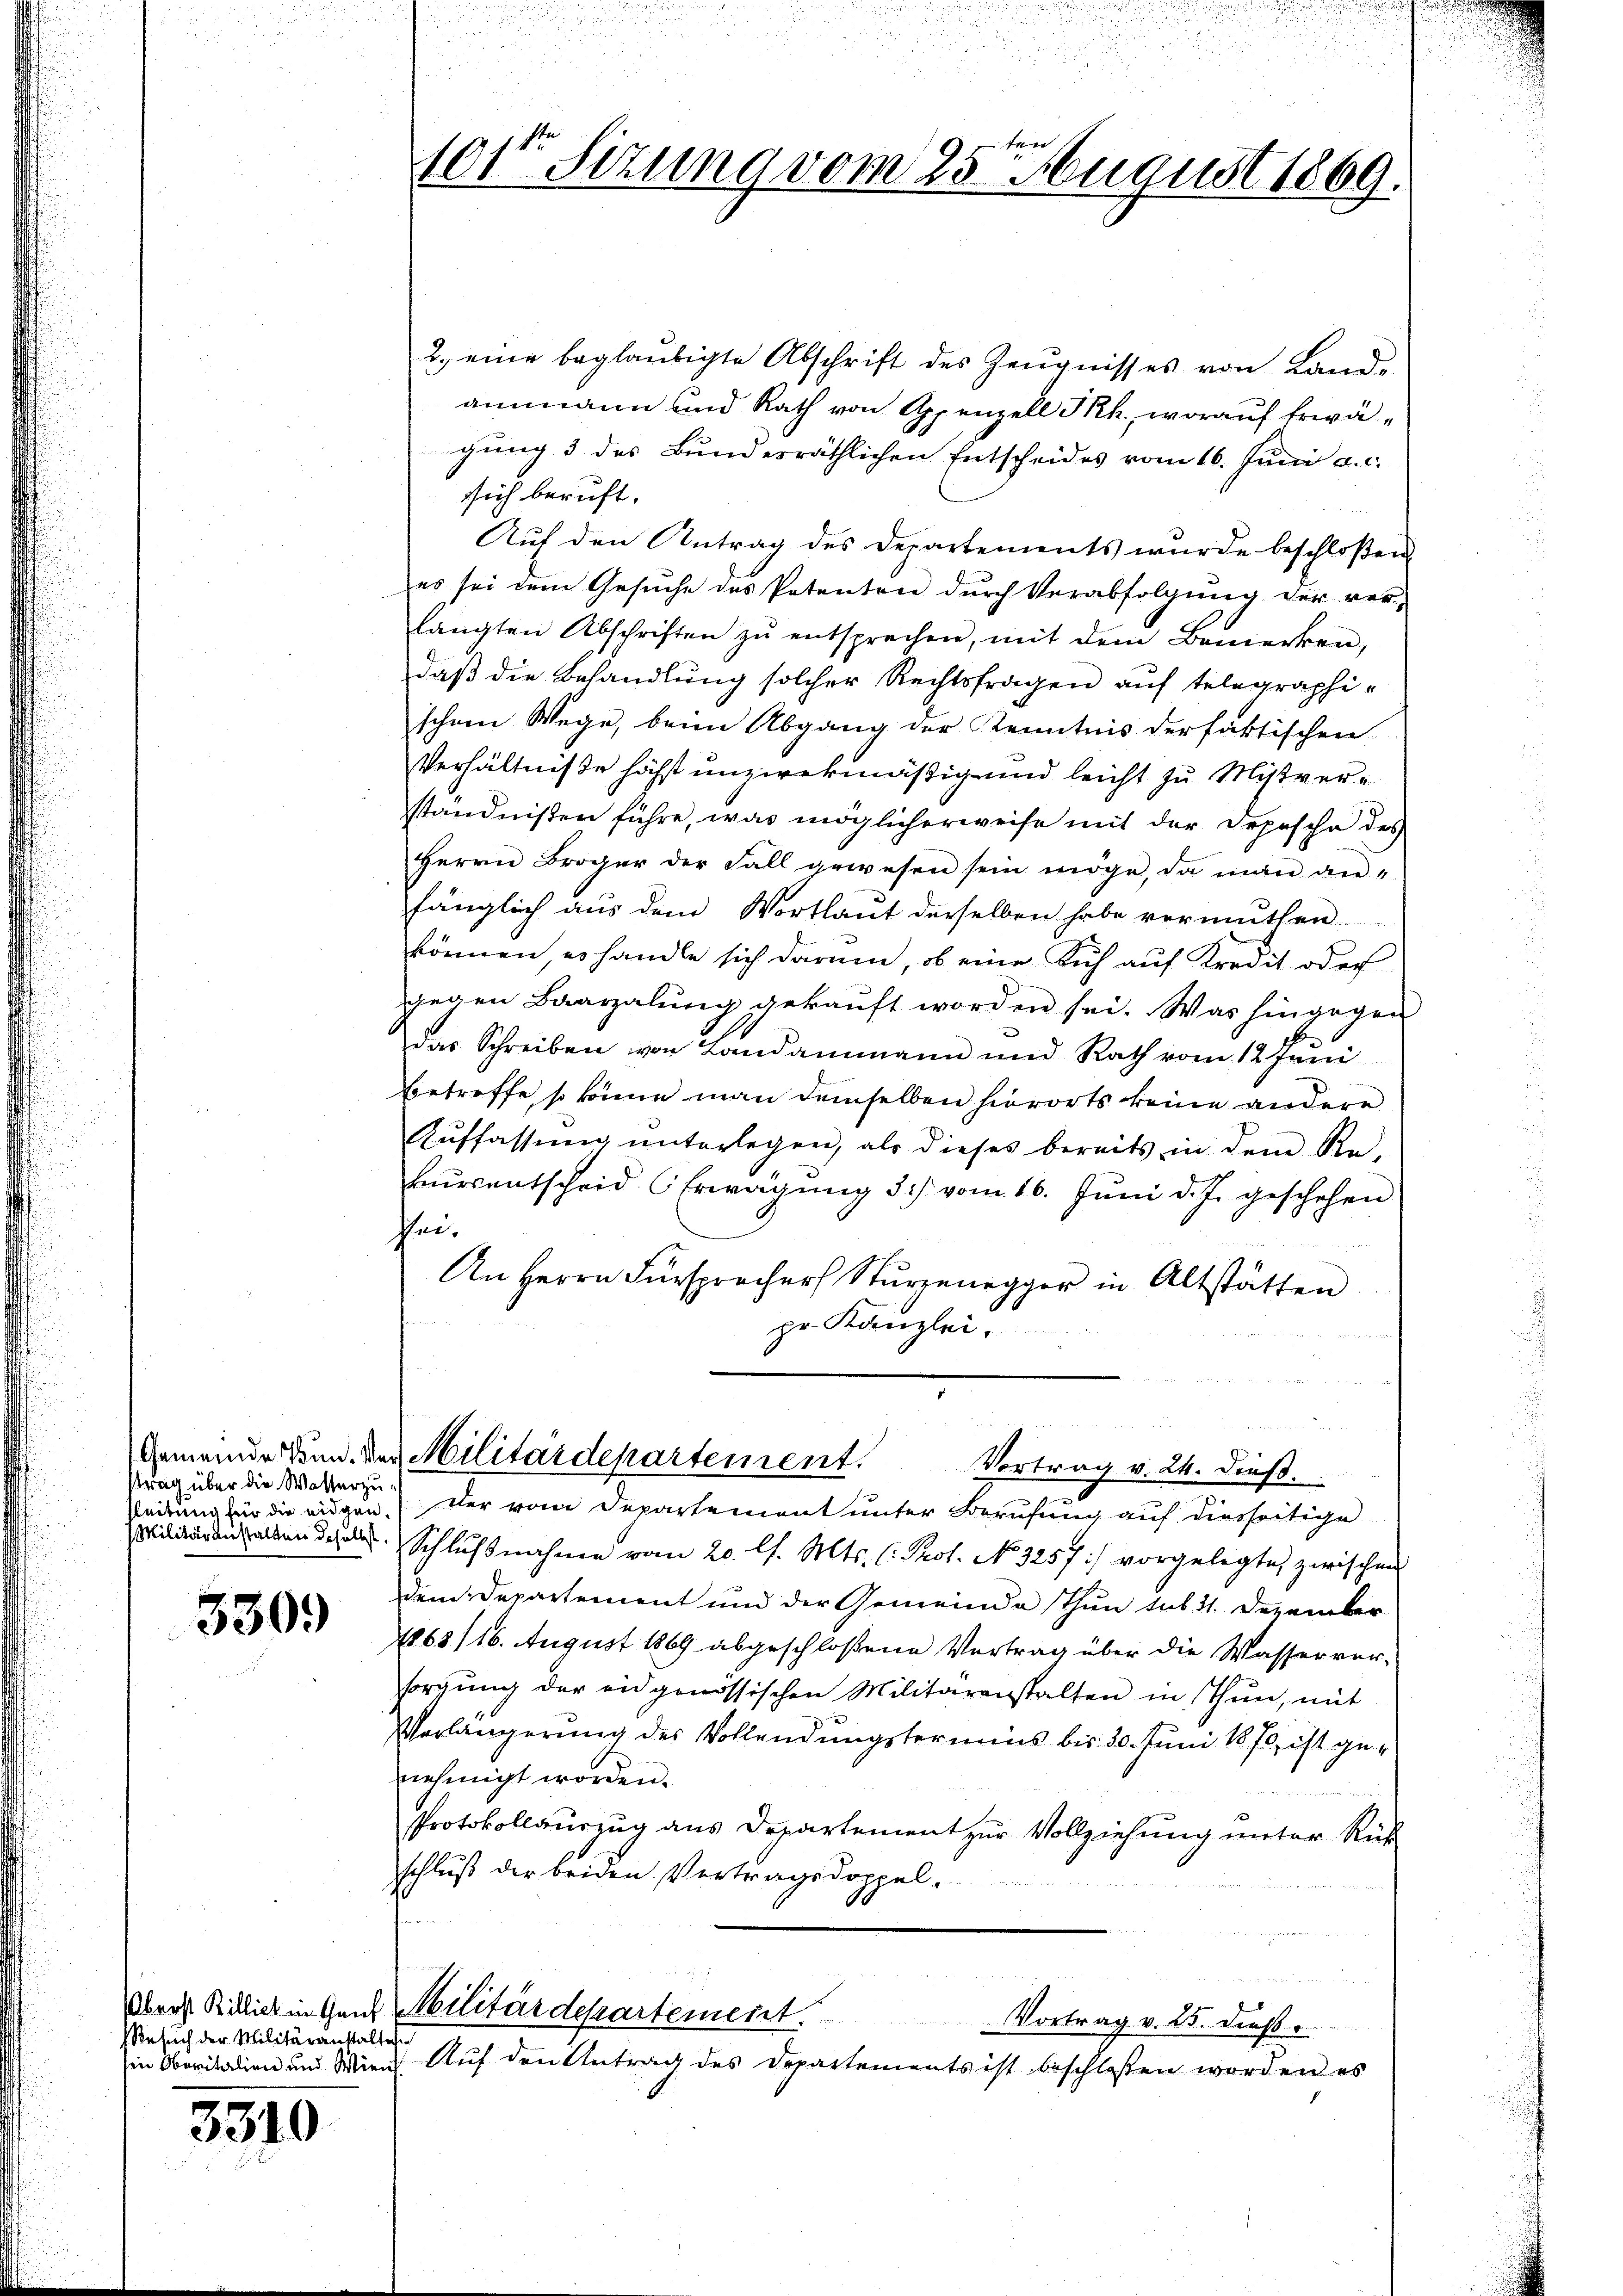
strag über die Wasserzufleitung für die eidgen.

3309

esuch der Militäranstalten

3310

d

ber
1.
101 Sizung vom 25. August 1869.

2. eine beglaubigte Abschrift des Zeugnisses von Landammann und Rath von Appenzell PRh., worauf Erwägung 3 des Bundesräthlichen Entscheides vom 16. Juni a. c.
sich beruft.
Auf den Antrag des Departements wurde beschloßen,
es sei dem Gesŭche des Patenten durch Verabfolgŭng der verlängten Abschriften zŭ entsprechen, mit dem Bemerken,
daß die Behandlung solcher Rechtsfragen auf telegraphischem Wege, beim Abgang der Kenntnis der faktischen
Verhältniße höchst unzwekmäßig und leicht zu Mistverständnißen führe, was möglicherweise mit der Depesche des
Herrn Broger der Fall gewesen sein möge, da man an-
fänglich aus dem Wortlaut derselben habe vermuthen
können, es handle sich darum, ob eine Sich auf Kredit oder
gegen Baarzalung gekauft worden sei. Was hingegen
das Schreiben von Landammann und Rath vom 12. Juni
betroffe, so könne man demselben hierorts keine andere
Aŭffassŭng ŭnterlegen, als dieses bereits in dem Re-
kŭrsentscheid (Erwägŭng 3.) vom 16. Jŭni d. J. geschehen
thei¬
An Herrn Fürsprecher Sturzenegger in Altstätten
pr. Kanzlei.
Gemeinde dann der Militärdepartement. Vortrag v. 24. dieß.
Der vom Departement unter Berufung auf diesseitige
urnalen der Schlußnahme vom 20. l. Mts. C. Prot. No. 3257 :/ vorgelegte zwischen
dem Departement und der Gemeinde thun sub 11. Dezember
1863/16. August 1869 abgeschloßene Vertrag über die Wasser ver-
sorgŭng der eidgenössischen Militäranstalten in Thun, mit
Verlängerung des Vollendungstermins bis 30. Juni 1870, ist genehmigt worden.
Protokollauszug aus Departement zur Vollziehung unter Rück
schluß der beiden Vertragsdoppel.
Überst Billich in Gant Militärdepartement.
Vortrag v. 25. diese
in Oberitalien und Wien Auf den Antrag des Departements ist beschlossen worden es

f
n